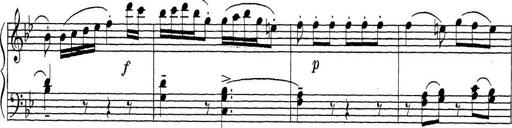
Title: ÄŒeskÃ© Sonatiny
Composer: Various